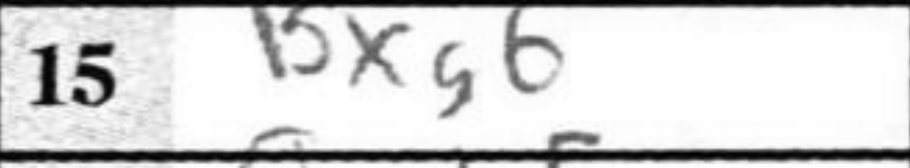
Transcription: Bxg6